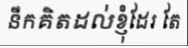
នឹកគិតដល់ខ្ញុំដែរ តែ